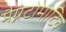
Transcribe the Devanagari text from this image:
मैग्नेटोमोटिव